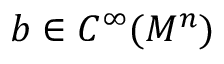
b \in C ^ { \infty } ( M ^ { n } )